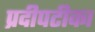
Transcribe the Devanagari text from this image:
प्रदीपटीका